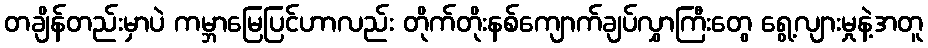
တချိန်တည်းမှာပဲ ကမ္ဘာမြေပြင်ဟာလည်း တိုက်တိုးနစ်ကျောက်ချပ်လွှာကြီးတွေ ရွေ့လျားမှုနဲ့အတူ